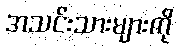
အသင်းသားများကို